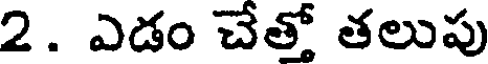
2. ఎడం చేత్తో తలుపు